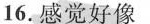
16.感觉好像